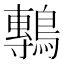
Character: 鷒